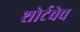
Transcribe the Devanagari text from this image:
शोर्टवेव